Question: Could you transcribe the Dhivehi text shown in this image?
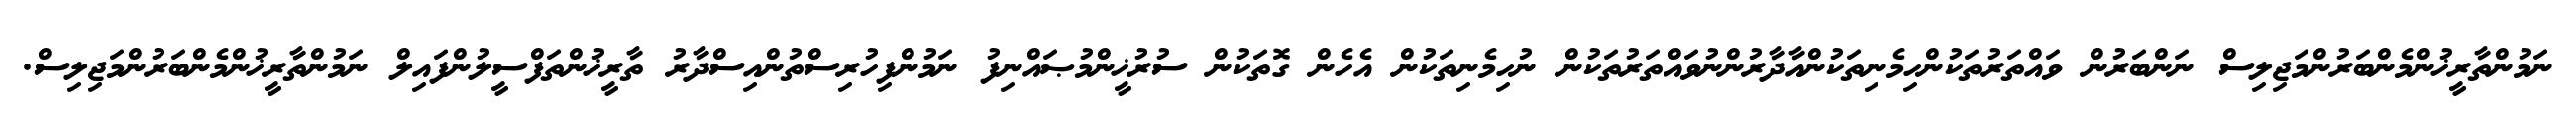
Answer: ނަމުންތާރީޚުންމެންބަރުންމަޖިލިސް ނަންބަރުން ވައްތަރުތަކުންހިމެނިތަކުންއާދާރުންނުވައްތަރުތަކުން ނުހިމެނިތަކުން އެހެން ގޮތަކުން ސުރުޚީންމުޞައްނިފު ނަމުންފިހުރިސްތުންއިސްދާރު ތާރީޚުންތަފްސީލުންފައިލް ނަމުންތާރީޚުންމެންބަރުންމަޖިލިސް.